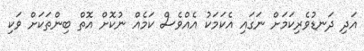
އަދި ދަނޑުވެރިކަމަށް ނަގައި އެކަމަކު އެއްވެސް ކަމެއް ނުކޮށް އޮތް ބިންތަކަށް ވަކި